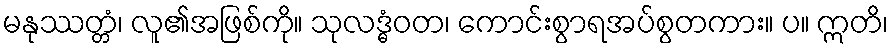
မနုဿတ္တံ၊ လူ၏အဖြစ်ကို။ သုလဒ္ဓံဝတ၊ ကောင်းစွာရအပ်စွတကား။ ပ။ ဣတိ၊